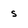
Character: S